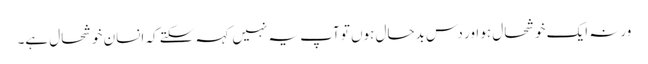
ورنہ ایک خوشحال ہو اور دس بدحال ہوں تو آپ یہ نہیں کہہ سکتے کہ انسان خوشحال ہے۔